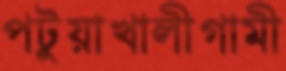
পটুয়াখালীগামী